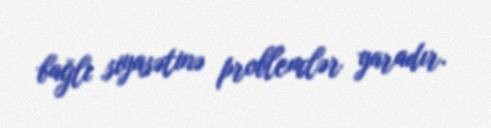
bağlı siyasətinə problemlər yaradır.